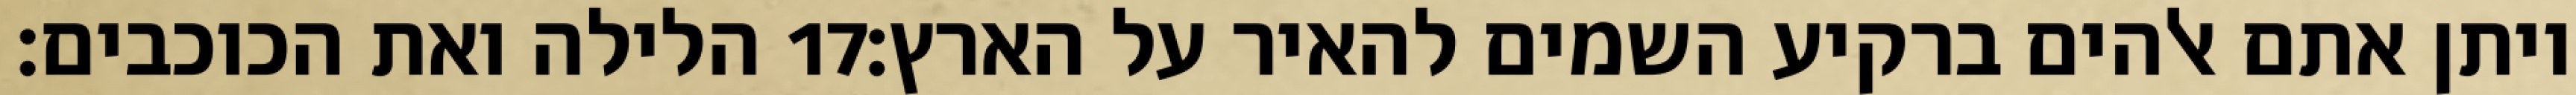
הלילה ואת הכוכבים׃ ‎17‏ ויתן אתם אלהים ברקיע השמים להאיר על הארץ׃